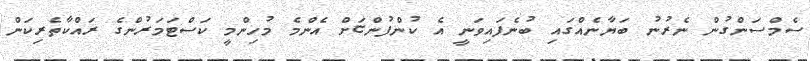
ސެމްސަންގުން ނެރުނު ބަޔާނެއްގައި ބުނެފައިވަނީ އެ ކުންފުންޏަށް އެންމެ މުހިންމީ ކަސްޓަމަރުންގެ ރައްކާތެރިކަން